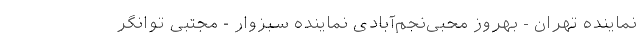
نماینده تهران - بهروز محبی‌نجم‌آبادی نماینده سبزوار - مجتبی توانگر